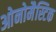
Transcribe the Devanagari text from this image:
ओनोमैस्टिक